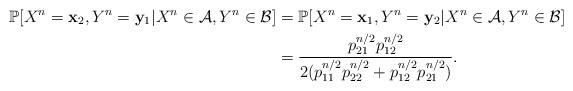
LaTeX: \begin{align*}\mathbb{P}[X^n=\mathbf{x}_2, Y^n=\mathbf{y}_1|X^n\in\mathcal{A}, Y^n\in \mathcal{B}]&=\mathbb{P}[X^n=\mathbf{x}_1, Y^n=\mathbf{y}_2|X^n\in\mathcal{A}, Y^n\in \mathcal{B}]\\&=\frac{p_{21}^{n/2}p_{12}^{n/2}}{2(p_{11}^{n/2}p_{22}^{n/2}+p_{12}^{n/2}p_{21}^{n/2})}.\end{align*}